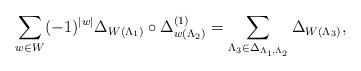
LaTeX: \begin{align*}\sum_{w\in W}(-1)^{|w|}\Delta_{W(\Lambda_{1})}\circ\Delta_{w(\Lambda_{2})}^{(1)}=\sum_{\Lambda_{3}\in\Delta_{\Lambda_{1},\Lambda_{2}}}\Delta_{W(\Lambda_{3})},\end{align*}